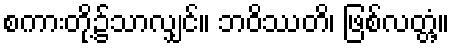
စကားတို့၌သာလျှင်။ ဘဝိဿတိ၊ ဖြစ်လတ္တံ့။